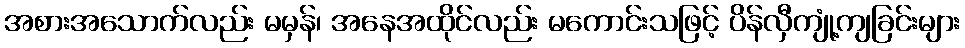
အစားအသောက်လည်း မမှန်၊ အနေအထိုင်လည်း မကောင်းသဖြင့် ပိန်လှီကျုံ့ကျခြင်းများ